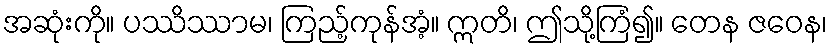
အဆုံးကို။ ပဿိဿာမ၊ ကြည့်ကုန်အံ့။ ဣတိ၊ ဤသို့ကြံ၍။ တေန ဇဝေန၊